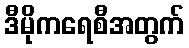
ဒီမိုကရေစီအတွက်